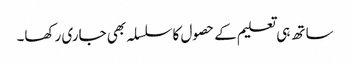
ساتھ ہی تعلیم کے حصول کاسلسلہ بھی جاری رکھا۔